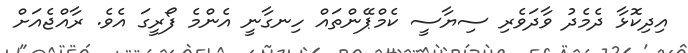
އިދިކޮޅާ ދެމެދު ވާދަވެރި ސިޔާސީ ކެމްޕޭންތައް ހިނގާނީ އެންމެ ފޯރީގަ އެވެ. ރާއްޖެއަށް